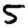
Digit: 5